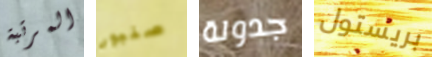
المرتبة صنبور جدولة بريستول